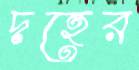
দহের